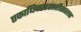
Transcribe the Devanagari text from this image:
एकाधिकारशाहीसारखा